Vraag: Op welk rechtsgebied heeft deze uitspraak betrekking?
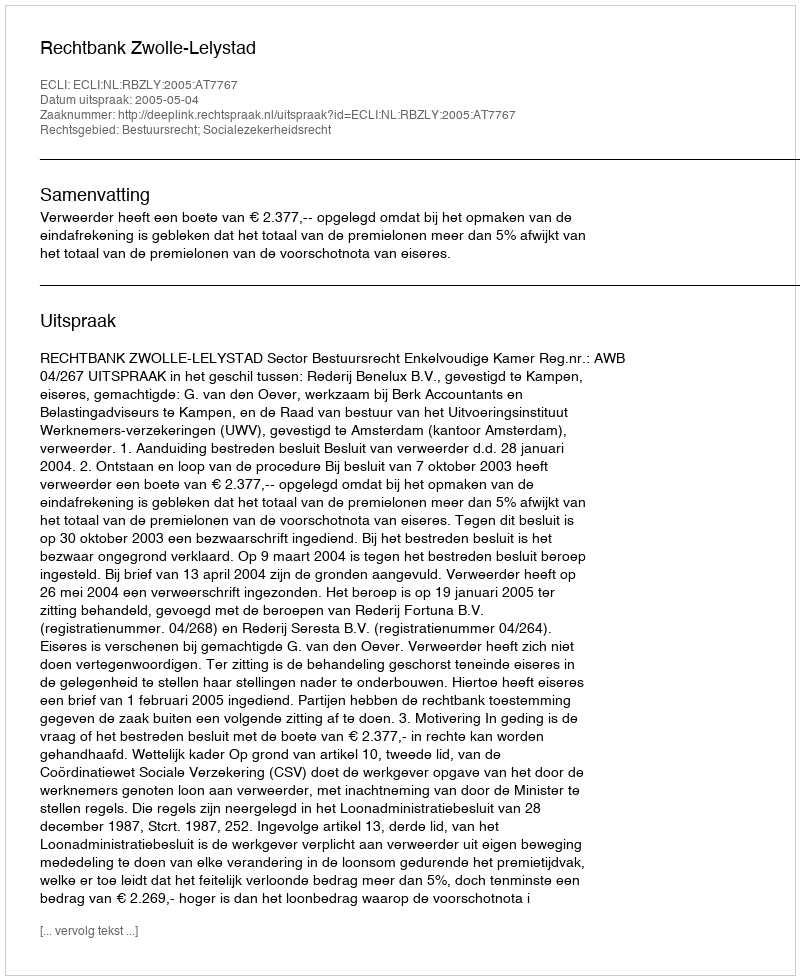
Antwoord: Bestuursrecht; Socialezekerheidsrecht